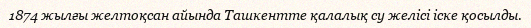
1874 жылғы желтоқсан айында Ташкентте қалалық су желісі іске қосылды.